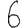
Digit: 6